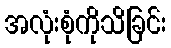
အလုံးစုံကိုသိခြင်း